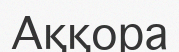
Аққора